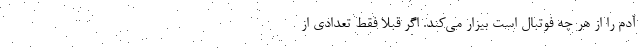
آدم را از هر چه فوتبال است بیزار می‌کند. اگر قبلاً فقط تعدادی از